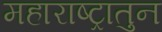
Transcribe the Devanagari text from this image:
महाराष्ट्रातुन